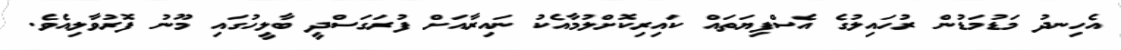
އެހިނދު މަޑުމަޑުން ރުހައިލުގެ އެސްފިޔަތައް ކައިރިކޮށްލުމާއެކު ނައިރާއަށް ފުރަގަސްދީ ބާލީހުގައި މޫނު ފޮރުވާލިއެވެ.